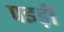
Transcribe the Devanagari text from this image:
पइड़ी